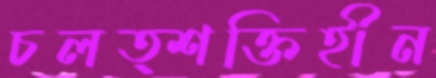
চলত্শক্তিহীন